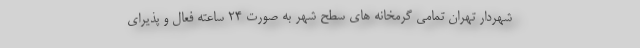
شهردار تهران تمامی گرمخانه های سطح شهر به صورت ۲۴ ساعته فعال و پذیرای